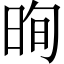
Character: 㫬